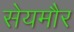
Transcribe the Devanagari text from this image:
सेयमौर